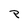
Character: P